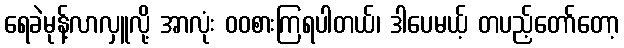
ရေခဲမုန့်လာလှူလို့ အာလုံး ဝဝစားကြရပါတယ်၊ ဒါပေမယ့် တပည့်တော်တော့